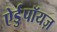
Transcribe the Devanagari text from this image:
ऐर्डुपॉयज़